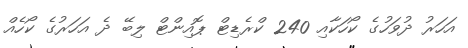
އަހަރު ދުވަހުގެ ކޯހަކާއި 240 ކްރެޑިޓް ޕޮއިންޓް ލިބޭ ދެ އަހަރުގެ ކޯހެއް